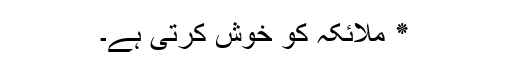
٭ ملائکہ کو خوش کرتی ہے۔